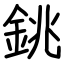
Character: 銚